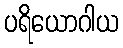
ပရိယောဂါယ